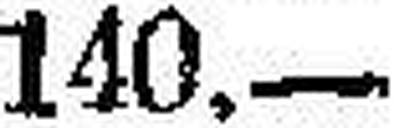
140.—